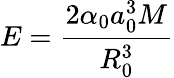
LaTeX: E=\frac{2\alpha_{0}a_{0}^{3}M}{R_{0}^{3}}